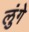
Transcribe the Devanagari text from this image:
लुंगे